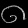
Digit: ၈